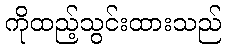
ကိုထည့်သွင်းထားသည်